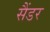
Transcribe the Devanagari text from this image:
सैंडर